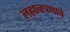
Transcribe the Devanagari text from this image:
लहानपणाचे